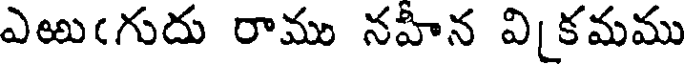
ఎఱుఁగుదు రాము నహీన వికమము